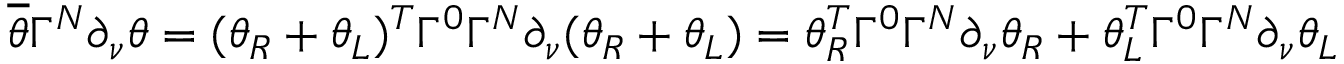
\overline { { { \theta } } } \Gamma ^ { N } \partial _ { \nu } \theta = ( \theta _ { R } + \theta _ { L } ) ^ { T } \Gamma ^ { 0 } \Gamma ^ { N } \partial _ { \nu } ( \theta _ { R } + \theta _ { L } ) = \theta _ { R } ^ { T } \Gamma ^ { 0 } \Gamma ^ { N } \partial _ { \nu } \theta _ { R } + \theta _ { L } ^ { T } \Gamma ^ { 0 } \Gamma ^ { N } \partial _ { \nu } \theta _ { L }